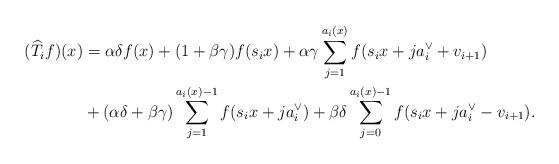
LaTeX: \begin{align*}(\widehat{T}_{i}f)(x)&= \alpha\delta f(x)+(1+\beta\gamma)f(s_{i}x)+\alpha\gamma\sum_{j=1}^{a_{i}(x)}f(s_{i}x+ja^{\vee}_{i}+v_{i+1}) \\ &+(\alpha\delta+\beta\gamma)\sum_{j=1}^{a_{i}(x)-1}f(s_{i}x+ja^{\vee}_{i})+\beta\delta\sum_{j=0}^{a_{i}(x)-1}f(s_{i}x+ja^{\vee}_{i}-v_{i+1}). \end{align*}